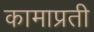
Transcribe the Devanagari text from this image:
कामाप्रती